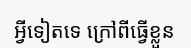
អ្វីទៀតទេ ក្រៅពីធ្វើខ្លួន